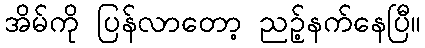
အိမ်ကို ပြန်လာတော့ ညဉ့်နက်နေပြီ။